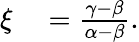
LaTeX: \begin{array}{rl}{\xi}&{{}=\frac{\gamma-\beta}{\alpha-\beta}.}\end{array}